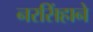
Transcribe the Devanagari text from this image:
नरसिंहाने